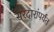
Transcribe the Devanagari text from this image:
सरदारांपर्यंत